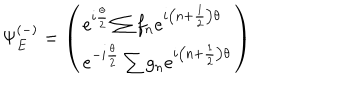
LaTeX: \Psi _ { E } ^ { ( - ) } = \left( \begin{array} { l } { { e ^ { i \frac { \theta } { 2 } } \sum f _ { n } e ^ { i \left( n + \frac { 1 } { 2 } \right) \theta } } } \\ { { e ^ { - i \frac { \theta } { 2 } } \sum g _ { n } e ^ { i \left( n + \frac { 1 } { 2 } \right) \theta } } } \\ \end{array} \right)